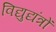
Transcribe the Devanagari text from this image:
विद्युद्यंत्रों